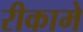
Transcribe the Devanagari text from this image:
रीकामे